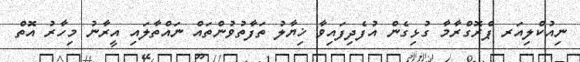
ނިއުކްލިއަރ ޕްރޮގްރާމާ ގުޅިގެން އުފެދިފައިވާ ޚިޔާލު ތަފާތުވުންތައް ނައްތާލައި އީރާނު މިހާރު އޮތް